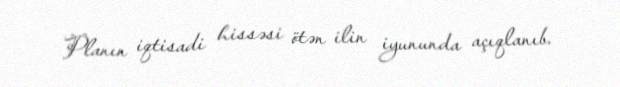
Planın iqtisadi hissəsi ötən ilin iyununda açıqlanıb.